Vaccination in the Punjab 1905-1918 - 1905-1918
Year: 1905
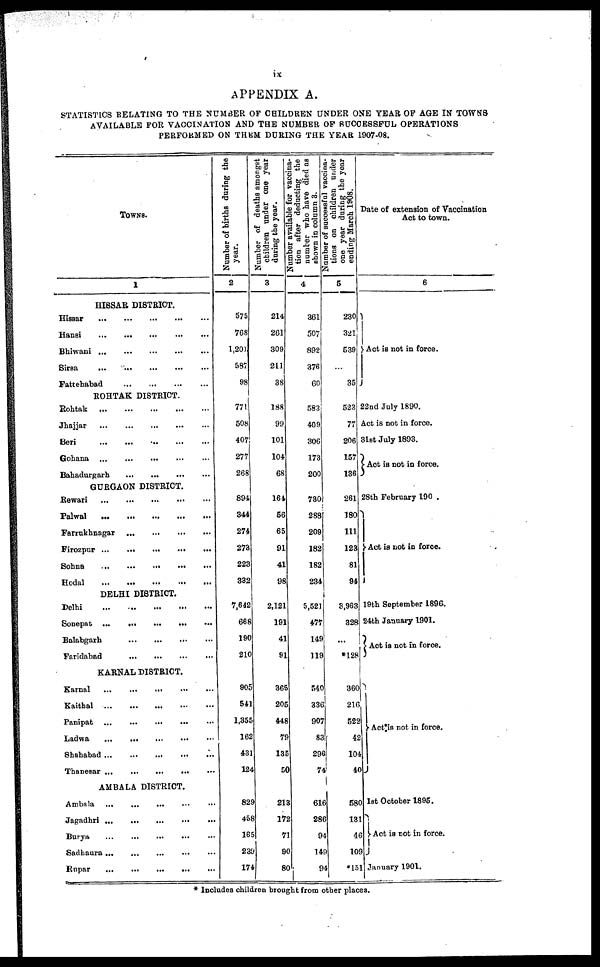
ix
APPENDIX A.
STATISTICS RELATING TO THE NUMBER OF CHILDREN UNDER ONE YEAR OF AGE IN TOWNS
AVAILABLE FOR VACCINATION AND THE NUMBER OF SUCCESSFUL OPERATIONS
PERFORMED ON THEM DURING THE YEAR 1907-08.
TOWNS.
1
HISSAR DISTRICT.
Hissar
...
...
...
...
...
Hansi
...
...
...
...
...
Bhiwani
...
...
...
...
...
Sirsa
...
...
...
...
...
Fattehabad
...
...
...
...
ROHTAK DISTRICT.
Rohtak
...
...
...
...
...
Jhajjar
...
...
...
...
...
Beri
...
...
...
...
...
Gohana
...
...
...
...
...
Bahadurgarh
...
...
...
...
GURGAON DISTRICT.
Rewari
...
...
...
...
...
Palwal
...
...
...
...
...
Farrukhnagar
...
...
...
...
Firozpur
...
...
...
...
...
Sohna
...
...
...
...
...
Hodal
...
...
...
...
...
DELHI DISTRICT.
Delhi
...
...
...
...
...
Sonepat
...
...
...
...
...
Balabgarh
...
...
...
...
Faridabad
...
...
...
...
KARNAL DISTRICT.
Karnal ... ... ... ... ...
Kaithal
...
...
...
...
...
Panipat
...
...
...
...
...
Ladwa
...
...
...
...
...
Shahabad ... ... ... ... ...
Thanesar
...
...
...
...
...
AMBALA DISTRICT.
Ambala ... ... ... ... ...
Jagadhri
...
...
...
...
...
Burya
...
...
...
...
...
Sadhaura
...
...
...
...
...
Rupar
...
...
...
...
...
Number of births during the
year.
2
575
768
1,201
587
98
771
508
407
277
268
894
344
274
273
223
332
7,642
668
190
210
905
541
1,355
162
431
124
829
458
165
239
174
N umber of deaths amongst
children under one year
during the year.
3
214
261
309
211
38
188
99
101
104
68
164
56
65
91
41
98
2,121
191
41
91
365
205
448
79
135
50
213
172
71
90
80
Number available for vaccina-
tion after deducting the
number who have died as
shown in column 3.
4
361
507
892
376
60
583
409
306
173
200
730
288
209
182
182
234
5,521
477
149
119
540
336
907
83
296
74
616
286
94
149
94
Number of successful vaccina-
tions on children under
one year during the year
ending March 1908.
5
230
321
539
...
35
523
77
206
157
186
261
180
111
123
81
94
3,963
328
...
*128
360
216
522
42
104
40
580
131
46
109
*151
Date of extension of Vaccination
Act to town.
6
Act is not in force.
22nd July 1890.
Act is not in force.
3l8t July 1893.
Act is not in force.
28th February 190 .
Act is not in force.
19th September 1896.
24th January 1901.
Act is not in force.
Act is not in force.
1st October 1895.
Act is not in force.
January 1901.
* Includes children brought from other places.